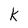
Character: k